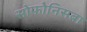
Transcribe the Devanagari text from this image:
सोफोनिसबा